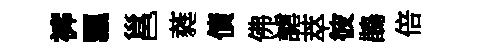
裤飄邕蕤債佛謔萃彼鵲倍